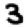
Digit: 3